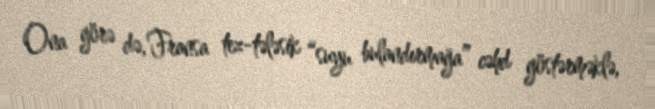
Ona görə də, Fransa tez-tələsik “suyu bulandırmağa” cəhd göstərməklə,